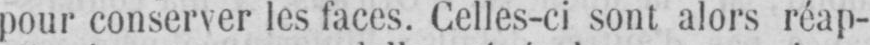
pour conserver les faces. Celles-ci sont alors réap-